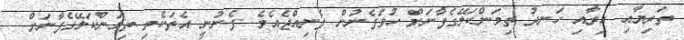
ތަރިޔާއި އިރާއި ހަނދު ތިމަންކަލޭގެފާނަށް ހުވަފެނުން ފެނިއްޖެއެވެ. ފެނުނީ އެތަކެތި ތިމަންކަލޭގެފާނަށް